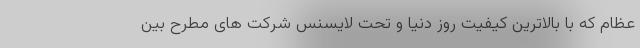
عظام که با بالاترین کیفیت روز دنیا و تحت لایسنس شرکت های مطرح بین